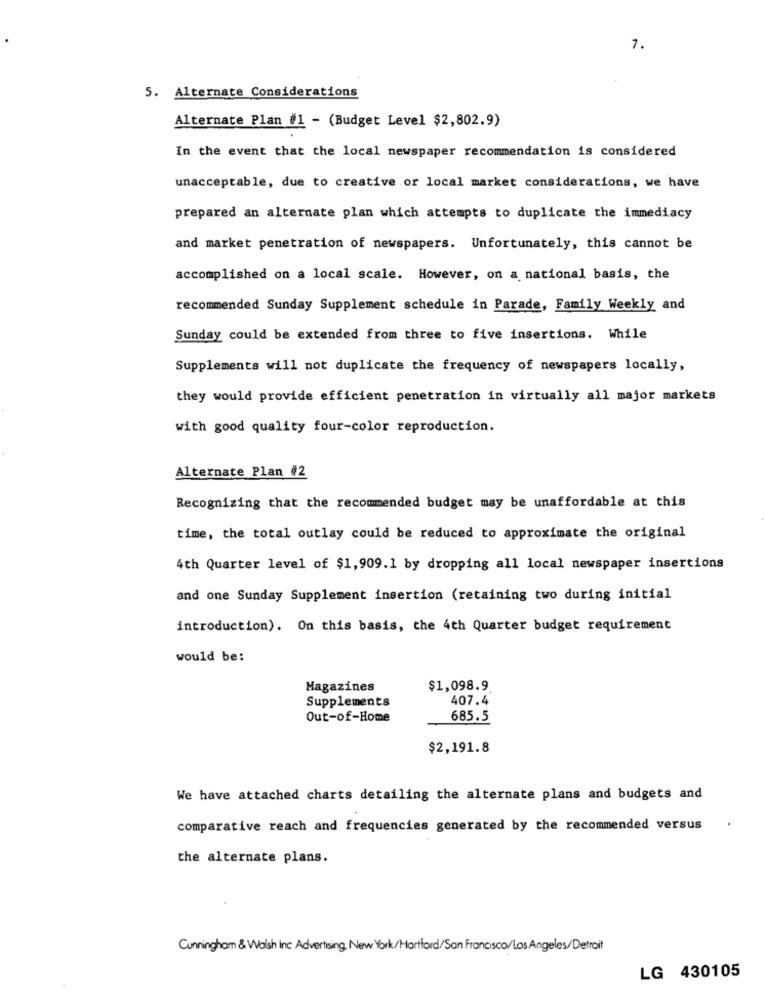
7.
5. Alternate Considerations
Alternate Plan #1 - (Budget Level $2,802.9)
In the event that the local newspaper recommendation is considered
unacceptable, due to creative or local market considerations, we have
prepared an alternate plan which attempts to duplicate the immediacy
and market penetration of newspapers. Unfortunately, this cannot be
accomplished on a local scale. However, on a national basis, the
recommended Sunday Supplement schedule in Parade, Family Weekly and
Sunday could be extended from three to five insertions. While
Supplements will not duplicate the frequency of newspapers locally,
they would provide efficient penetration in virtually all major markets
with good quality four-color reproduction.
Alternate Plan #2
Recognizing that the recommended budget may be unaffordable at this
time, the total outlay could be reduced to approximate the original
4th Quarter level of $1,909.1 by dropping all local newspaper insertions
and one Sunday Supplement insertion (retaining two during initial
introduction). On this basis, the 4th Quarter budget requirement
would be:
Magazines
$1,098.9.
Supplements
407.4
Out-of-Home
685.5
$2,191.8
We have attached charts detailing the alternate plans and budgets and
comparative reach and frequencies generated by the recommended versus
the alternate plans.
Cunningham & Walsh Inc Advertising, New York/Hartford/San Francisco/Los Angeles/Detroit
LG 430105